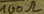
Text: 100Ω